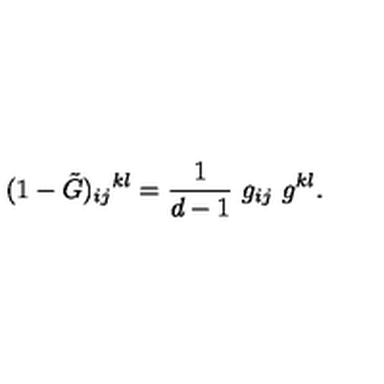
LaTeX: ( 1 - \tilde { G } ) _ { i j } { } ^ { k l } = \frac { 1 } { d - 1 } \ g _ { i j } \ g ^ { k l } .